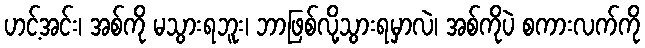
ဟင့်အင်း၊ အစ်ကို မသွားရဘူး၊ ဘာဖြစ်လို့သွားရမှာလဲ၊ အစ်ကိုပဲ စကားလက်ကို